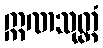
ဣဏသုတ္တံ